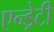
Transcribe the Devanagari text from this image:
एन्ड्रेटी